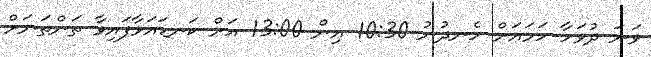
ވަނަ ދުވަހާ ހަމައަށް ހެނދުނު 10:30 އިން 13:00 އަށް ކަނޑައަޅާފައިވާ ތަންތަނަށް